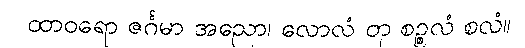
ထာဝရော ဇင်္ဂမာ အညော၊ လောလံ တု စဉ္စလံ စလံ။